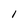
Character: l